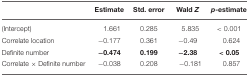
<table><thead><tr><td></td><td><b>Estimate</b></td><td><b>Std. error</b></td><td><b>Wald <i>Z</i></b></td><td><b><i>p</i>-estimate</b></td></tr></thead><tbody><tr><td>(Intercept)</td><td>1.661</td><td>0.285</td><td>5.835</td><td>&lt; 0.001</td></tr><tr><td>Correlate location</td><td>−0.177</td><td>0.361</td><td>−0.49</td><td>0.624</td></tr><tr><td>Definite number</td><td>−<b>0.474</b></td><td><b>0.199</b></td><td>−<b>2.38</b></td><td>&lt; <b>0.05</b></td></tr><tr><td>Correlate × Definite number</td><td>−0.038</td><td>0.208</td><td>−0.181</td><td>0.857</td></tr></tbody></table>